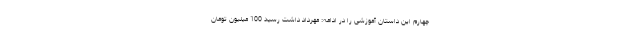
چهارم این داستان آموزشی را در ادامه: مهرداد داشت رسید 100 میلیون تومان